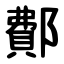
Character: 鄪